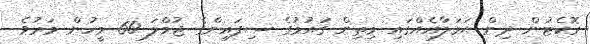
ރޮކެޓުން ދިން ޙަމަލާއެއްގައި މިތިން ގައުމުގެ ސިފައިންގެ ޖުމްލަ 60 މީހުން މަރުވެ